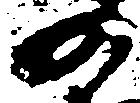
の